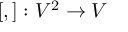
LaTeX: [ , ] : V ^ { 2 } \to V